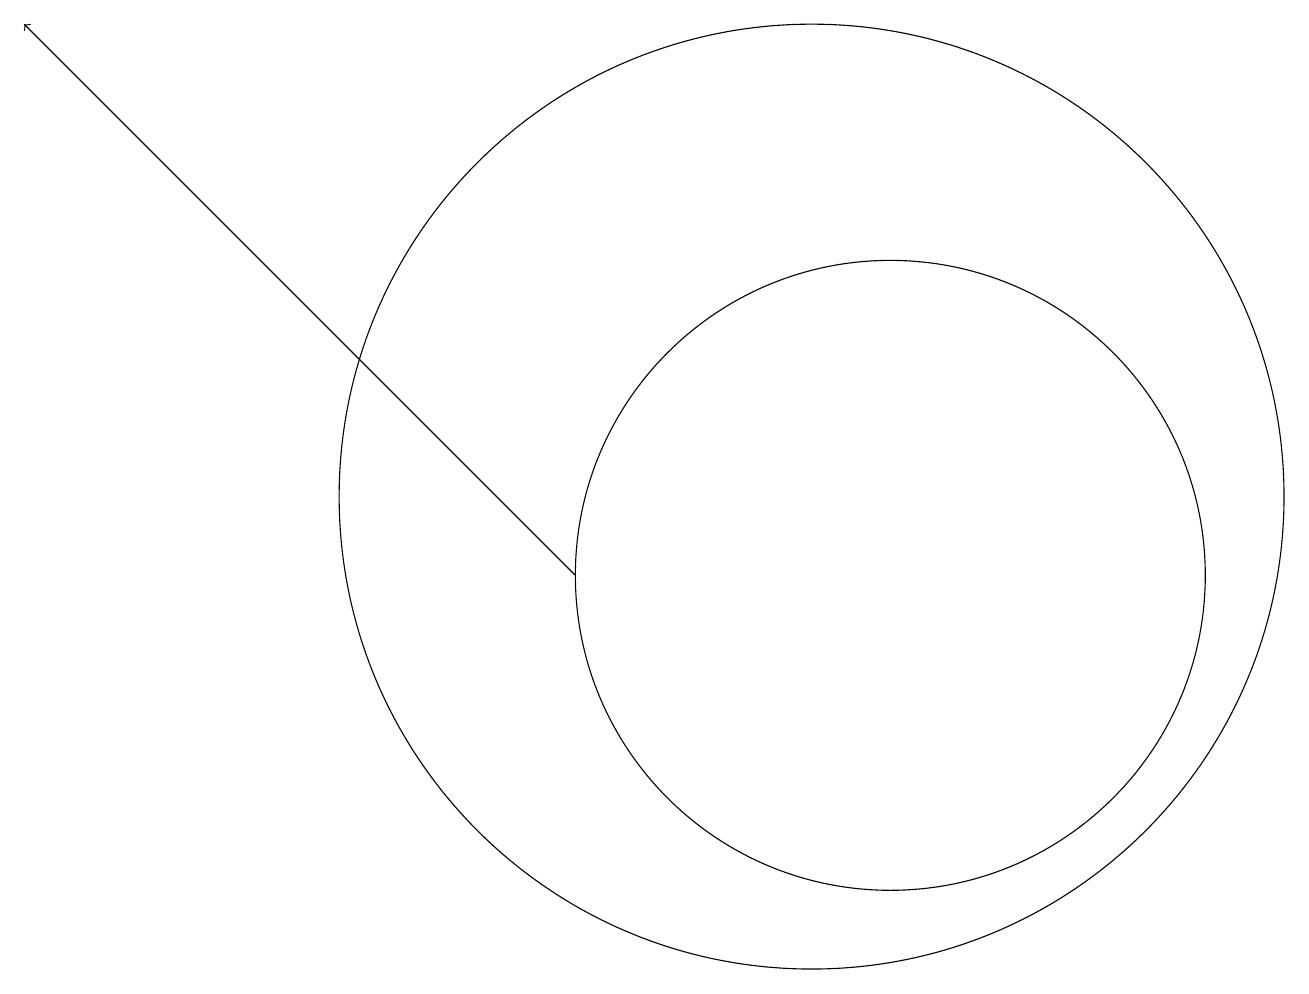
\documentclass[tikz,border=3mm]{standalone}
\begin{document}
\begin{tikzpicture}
\draw (11,11) circle (6);
\draw (12,10) circle (4);
\draw[->] (8,10) -- (1,17);
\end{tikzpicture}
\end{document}